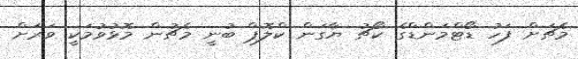
މެޗަށް ފަހު ޑޯޓްމަންޑްގެ ކޯޗު ޔާގަން ކްލޮޕް ބުނީ މެޗުން މޮޅުވުމަކީ ވަރަށް